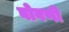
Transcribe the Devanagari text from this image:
बोवणी